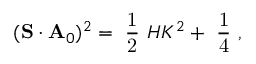
( { \bf S } \cdot { \bf A } _ { 0 } ) ^ { 2 } = \mathrm { ~ \frac { 1 } { 2 } ~ } H { \cal K } ^ { 2 } + \mathrm { ~ \frac { 1 } { 4 } ~ } ,